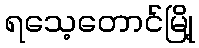
ရသေ့တောင်မြို့